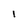
Character: l